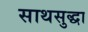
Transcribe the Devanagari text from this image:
साथसुद्धा